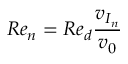
R e _ { n } = R e _ { d } \frac { v _ { I _ { n } } } { v _ { 0 } }